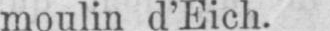
moulin d’Eich.